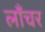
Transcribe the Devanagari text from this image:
लाँचर